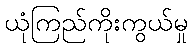
ယုံကြည်ကိုးကွယ်မှု